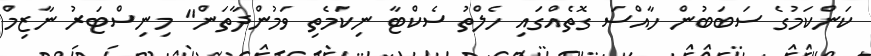
ކަންކަމުގެ ސަބަބުން ހާއްސަ ގޮތެއްގައި ހެލްތު ސެކްޓާ ނިކަމެތި ވަމުންދާތަން" މިނިސްޓަރު ނާޒިމް